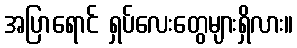
အပြာရောင် ရှပ်လေးတွေများရှိလား။